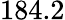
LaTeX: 184.2